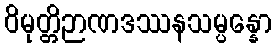
ဝိမုတ္တိဉာဏဒဿနသမ္ပန္နော